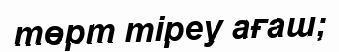
төрт тіреу ағаш;